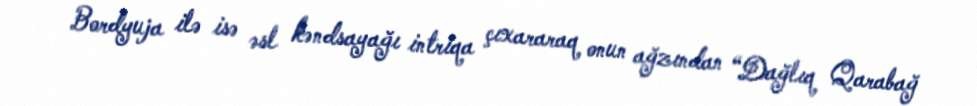
Bordyuja ilə isə əsl kəndsayağı intriqa çıxararaq onun ağzından “Dağlıq Qarabağ